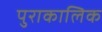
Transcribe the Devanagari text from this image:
पुराकालिक